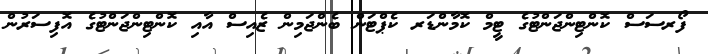
ފޯރސަސް ކޮންޓިންޖަންޓުގެ ޓީމް ކޮމާންޑަރ ކެޕްޓަން ބެންޖަމިން ޒެއިސް އާއި ކޮންޓިންޖަންޓުގެ އޮފިސަރުން